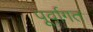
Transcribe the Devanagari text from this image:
पूर्वागत